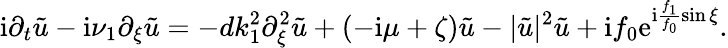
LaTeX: \mathrm{i}\partial_{t}\tilde{u}-\mathrm{i}\nu_{1}\partial_{\xi}\tilde{u}=-dk_{1}^{2}\partial_{\xi}^{2}\tilde{u}+(-\mathrm{i}\mu+\zeta)\tilde{u}-|\tilde{u}|^{2}\tilde{u}+\mathrm{i}f_{0}\mathrm{e}^{\mathrm{i}\frac{f_{1}}{f_{0}}\sin\xi}.